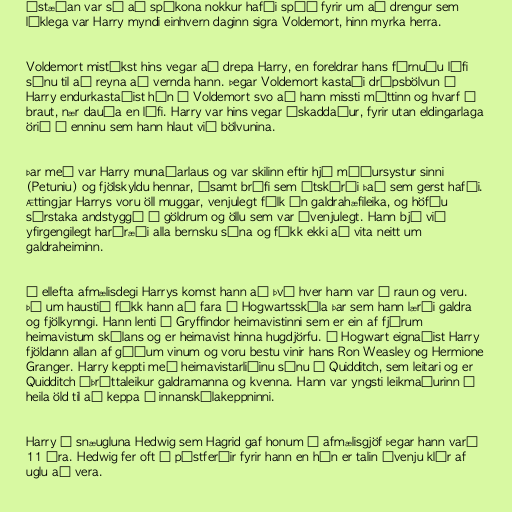
Ástæðan var sú að spákona nokkur hafði spáð fyrir um að drengur sem
líklega var Harry myndi einhvern daginn sigra Voldemort, hinn myrka herra.

Voldemort mistókst hins vegar að drepa Harry, en foreldrar hans fórnuðu lífi
sínu til að reyna að vernda hann. Þegar Voldemort kastaði drápsbölvun á
Harry endurkastaðist hún á Voldemort svo að hann missti máttinn og hvarf á
braut, nær dauða en lífi. Harry var hins vegar óskaddaður, fyrir utan eldingarlaga
örið á enninu sem hann hlaut við bölvunina.

Þar með var Harry munaðarlaus og var skilinn eftir hjá móðursystur sinni
(Petuniu) og fjölskyldu hennar, ásamt bréfi sem útskýrði það sem gerst hafði.
Ættingjar Harrys voru öll muggar, venjulegt fólk án galdrahæfileika, og höfðu
sérstaka andstyggð á göldrum og öllu sem var óvenjulegt. Hann bjó við
yfirgengilegt harðræði alla bernsku sína og fékk ekki að vita neitt um
galdraheiminn.

Á ellefta afmælisdegi Harrys komst hann að því hver hann var í raun og veru.
Þá um haustið fékk hann að fara í Hogwartsskóla þar sem hann lærði galdra
og fjölkynngi. Hann lenti í Gryffindor heimavistinni sem er ein af fjórum
heimavistum skólans og er heimavist hinna hugdjörfu. Í Hogwart eignaðist Harry
fjöldann allan af góðum vinum og voru bestu vinir hans Ron Weasley og Hermione
Granger. Harry keppti með heimavistarliðinu sínu í Quidditch, sem leitari og er
Quidditch íþróttaleikur galdramanna og kvenna. Hann var yngsti leikmaðurinn í
heila öld til að keppa í innanskólakeppninni.

Harry á snæugluna Hedwig sem Hagrid gaf honum í afmælisgjöf þegar hann varð
11 ára. Hedwig fer oft í póstferðir fyrir hann en hún er talin óvenju klár af
uglu að vera.